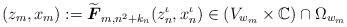
LaTeX: \begin{align*}(z_m, x_m):=\widetilde{\boldsymbol{F}}_{m, n^2+k_n}(z^\iota_n, x^\iota_n)\in (V_{w_m}\times\mathbb{C})\cap\Omega_{w_m}\end{align*}